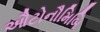
ઔટોનૌમિબિ